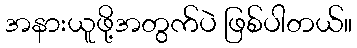
အနားယူဖို့အတွက်ပဲ ဖြစ်ပါတယ်။